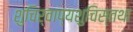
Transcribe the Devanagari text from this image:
शुचिर्वाप्यशुचिस्तथा